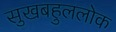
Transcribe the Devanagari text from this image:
सुखबहुललोक